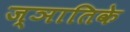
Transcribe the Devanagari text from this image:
ज्ञातिके